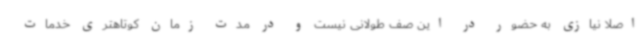
اصلا نیازی به حضور در این صف طولانی نیست و در مدت زمان کوتاهتری خدمات